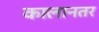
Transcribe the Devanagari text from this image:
कालानतर